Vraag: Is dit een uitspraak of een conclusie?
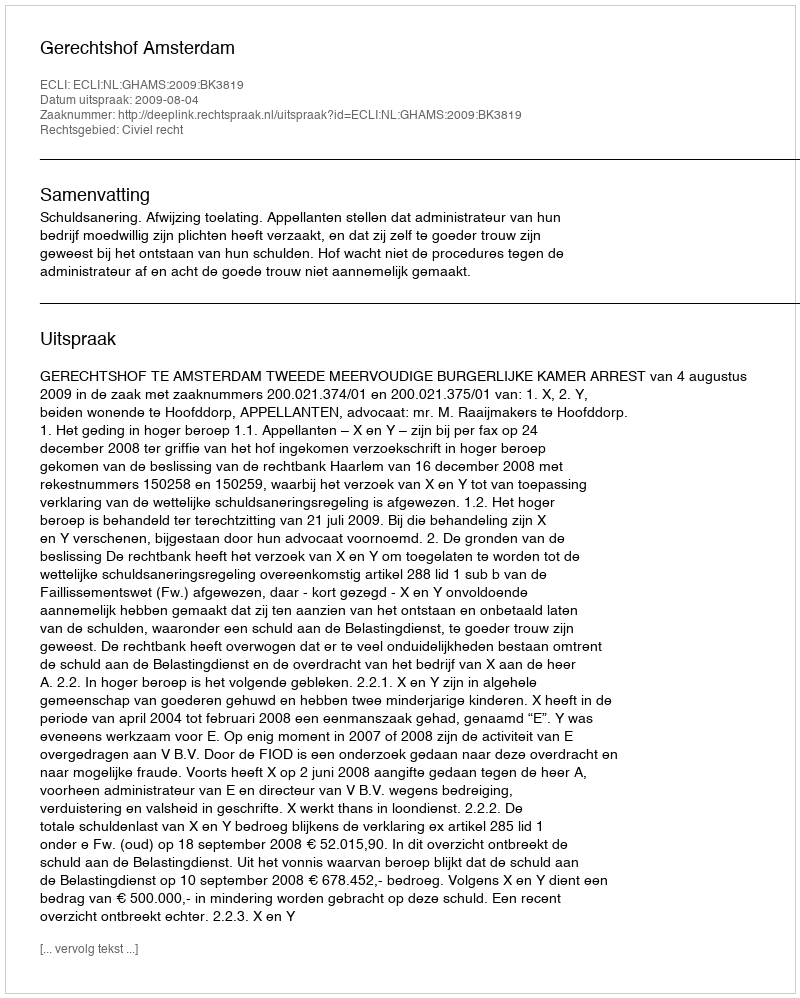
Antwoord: Uitspraak